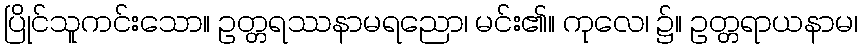
ပြိုင်သူကင်းသော။ ဥတ္တရဿနာမရညော၊ မင်း၏။ ကုလေ၊ ၌။ ဥတ္တရာယနာမ၊